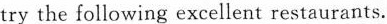
try the following excellent restaurants.